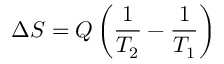
\Delta S = Q \left( { \frac { 1 } { T _ { 2 } } } - { \frac { 1 } { T _ { 1 } } } \right)